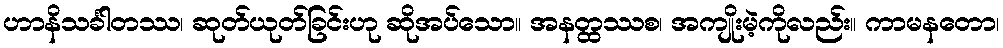
ဟာနိသင်္ခါတဿ၊ ဆုတ်ယုတ်ခြင်းဟု ဆိုအပ်သော။ အနတ္ထဿစ၊ အကျိုးမဲ့ကိုလည်း။ ကာမနတော၊